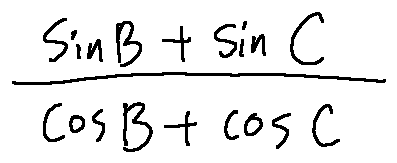
\frac { \sin B + \sin C } { \cos B + \cos C }